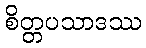
စိတ္တပသာဒဿ